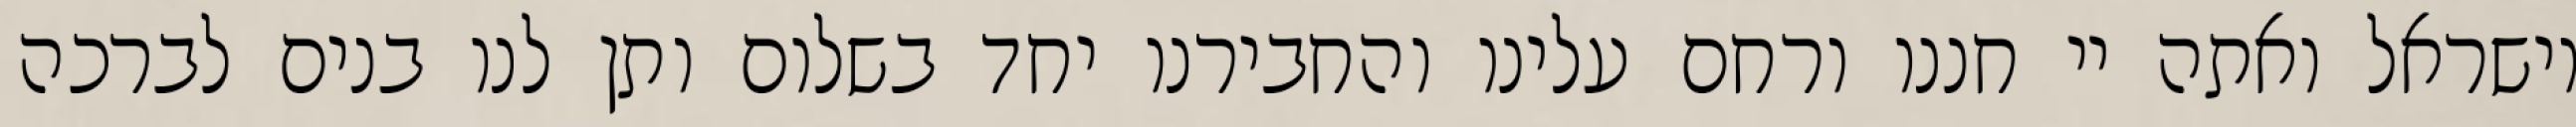
וישראל ואתה יי חננו ורחם עלינו והחבירנו יחד בשלום ותן לנו בנים לברכה